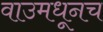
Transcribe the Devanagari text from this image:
वाउमधूनच